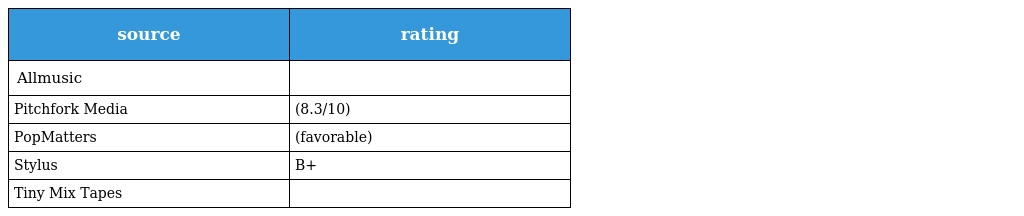
| source | rating |
 | --- | --- |
 | Allmusic |  |
 | Pitchfork Media | (8.3/10) |
 | PopMatters | (favorable) |
 | Stylus | B+ |
 | Tiny Mix Tapes |  |